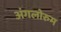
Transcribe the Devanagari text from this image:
अंगलोरुम